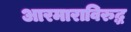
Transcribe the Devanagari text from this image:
आरमाराविरुद्ध